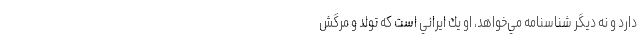
دارد و نه ديگر شناسنامه مي‌خواهد، او يك ايراني است كه تولد و مرگش